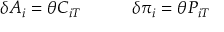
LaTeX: \delta A _ { i } = \theta C _ { i T } \quad \qquad \delta \pi _ { i } = \theta P _ { i T }